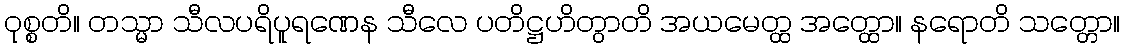
ဝုစ္စတိ။ တသ္မာ သီလပရိပူရဏေန သီလေ ပတိဋ္ဌဟိတွာတိ အယမေတ္ထ အတ္ထော။ နရောတိ သတ္တော။